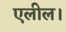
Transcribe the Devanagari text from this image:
एलील।